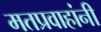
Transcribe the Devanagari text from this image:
मतप्रवाहांनी